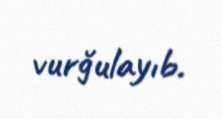
vurğulayıb.